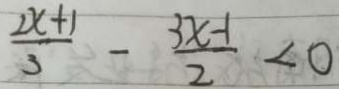
\frac { 2 x + 1 } { 3 } - \frac { 3 x - 1 } { 2 } < 0